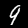
Label: 9